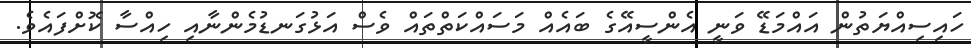
ހައިސިއްޔަތުން އައްމަޑޭ ވަނީ އެންސީއޭގެ ބައެއް މަސައްކަތްތައް ވެސް އަޅުގަނޑުމެންނާއި ހިއްސާ ކޮށްފައެވެ.